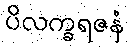
ပိလက္ခရဇနံ